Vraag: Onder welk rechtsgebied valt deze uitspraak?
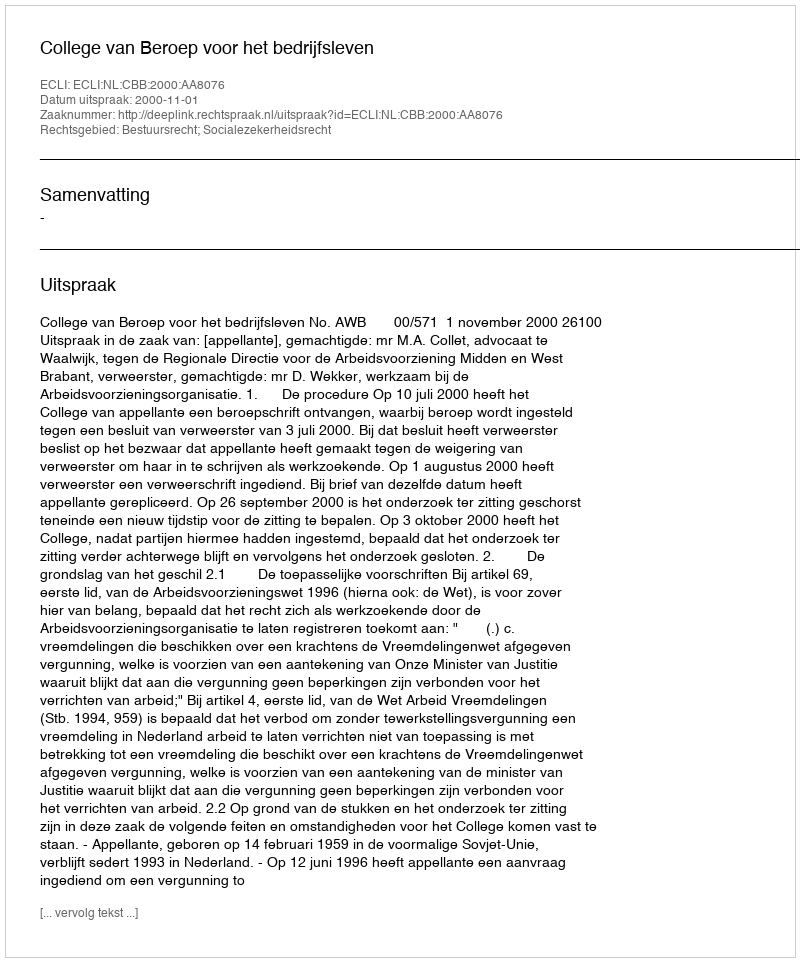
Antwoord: Bestuursrecht; Socialezekerheidsrecht